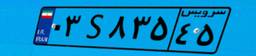
۵۴S۰۵۷۲۰